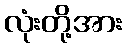
လုံးတို့အား